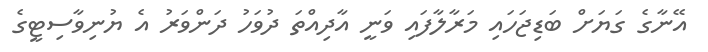
އޭނާގެ ގަޔަށް ބަޑިޖަހައި މަރާލާފައި ވަނީ އާދިއްތަ ދުވަހު ދަންވަރު އެ ޔުނިވާސިޓީގެ